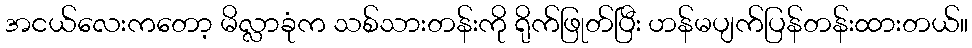
အငယ်လေးကတော့ မိလ္လာခုံက သစ်သားတန်းကို ရိုက်ဖြုတ်ပြီး ဟန်မပျက်ပြန်တန်းထားတယ်။